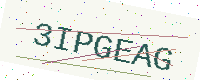
Text: 3IPGEAG